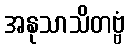
အနုသာသိတဗ္ဗံ